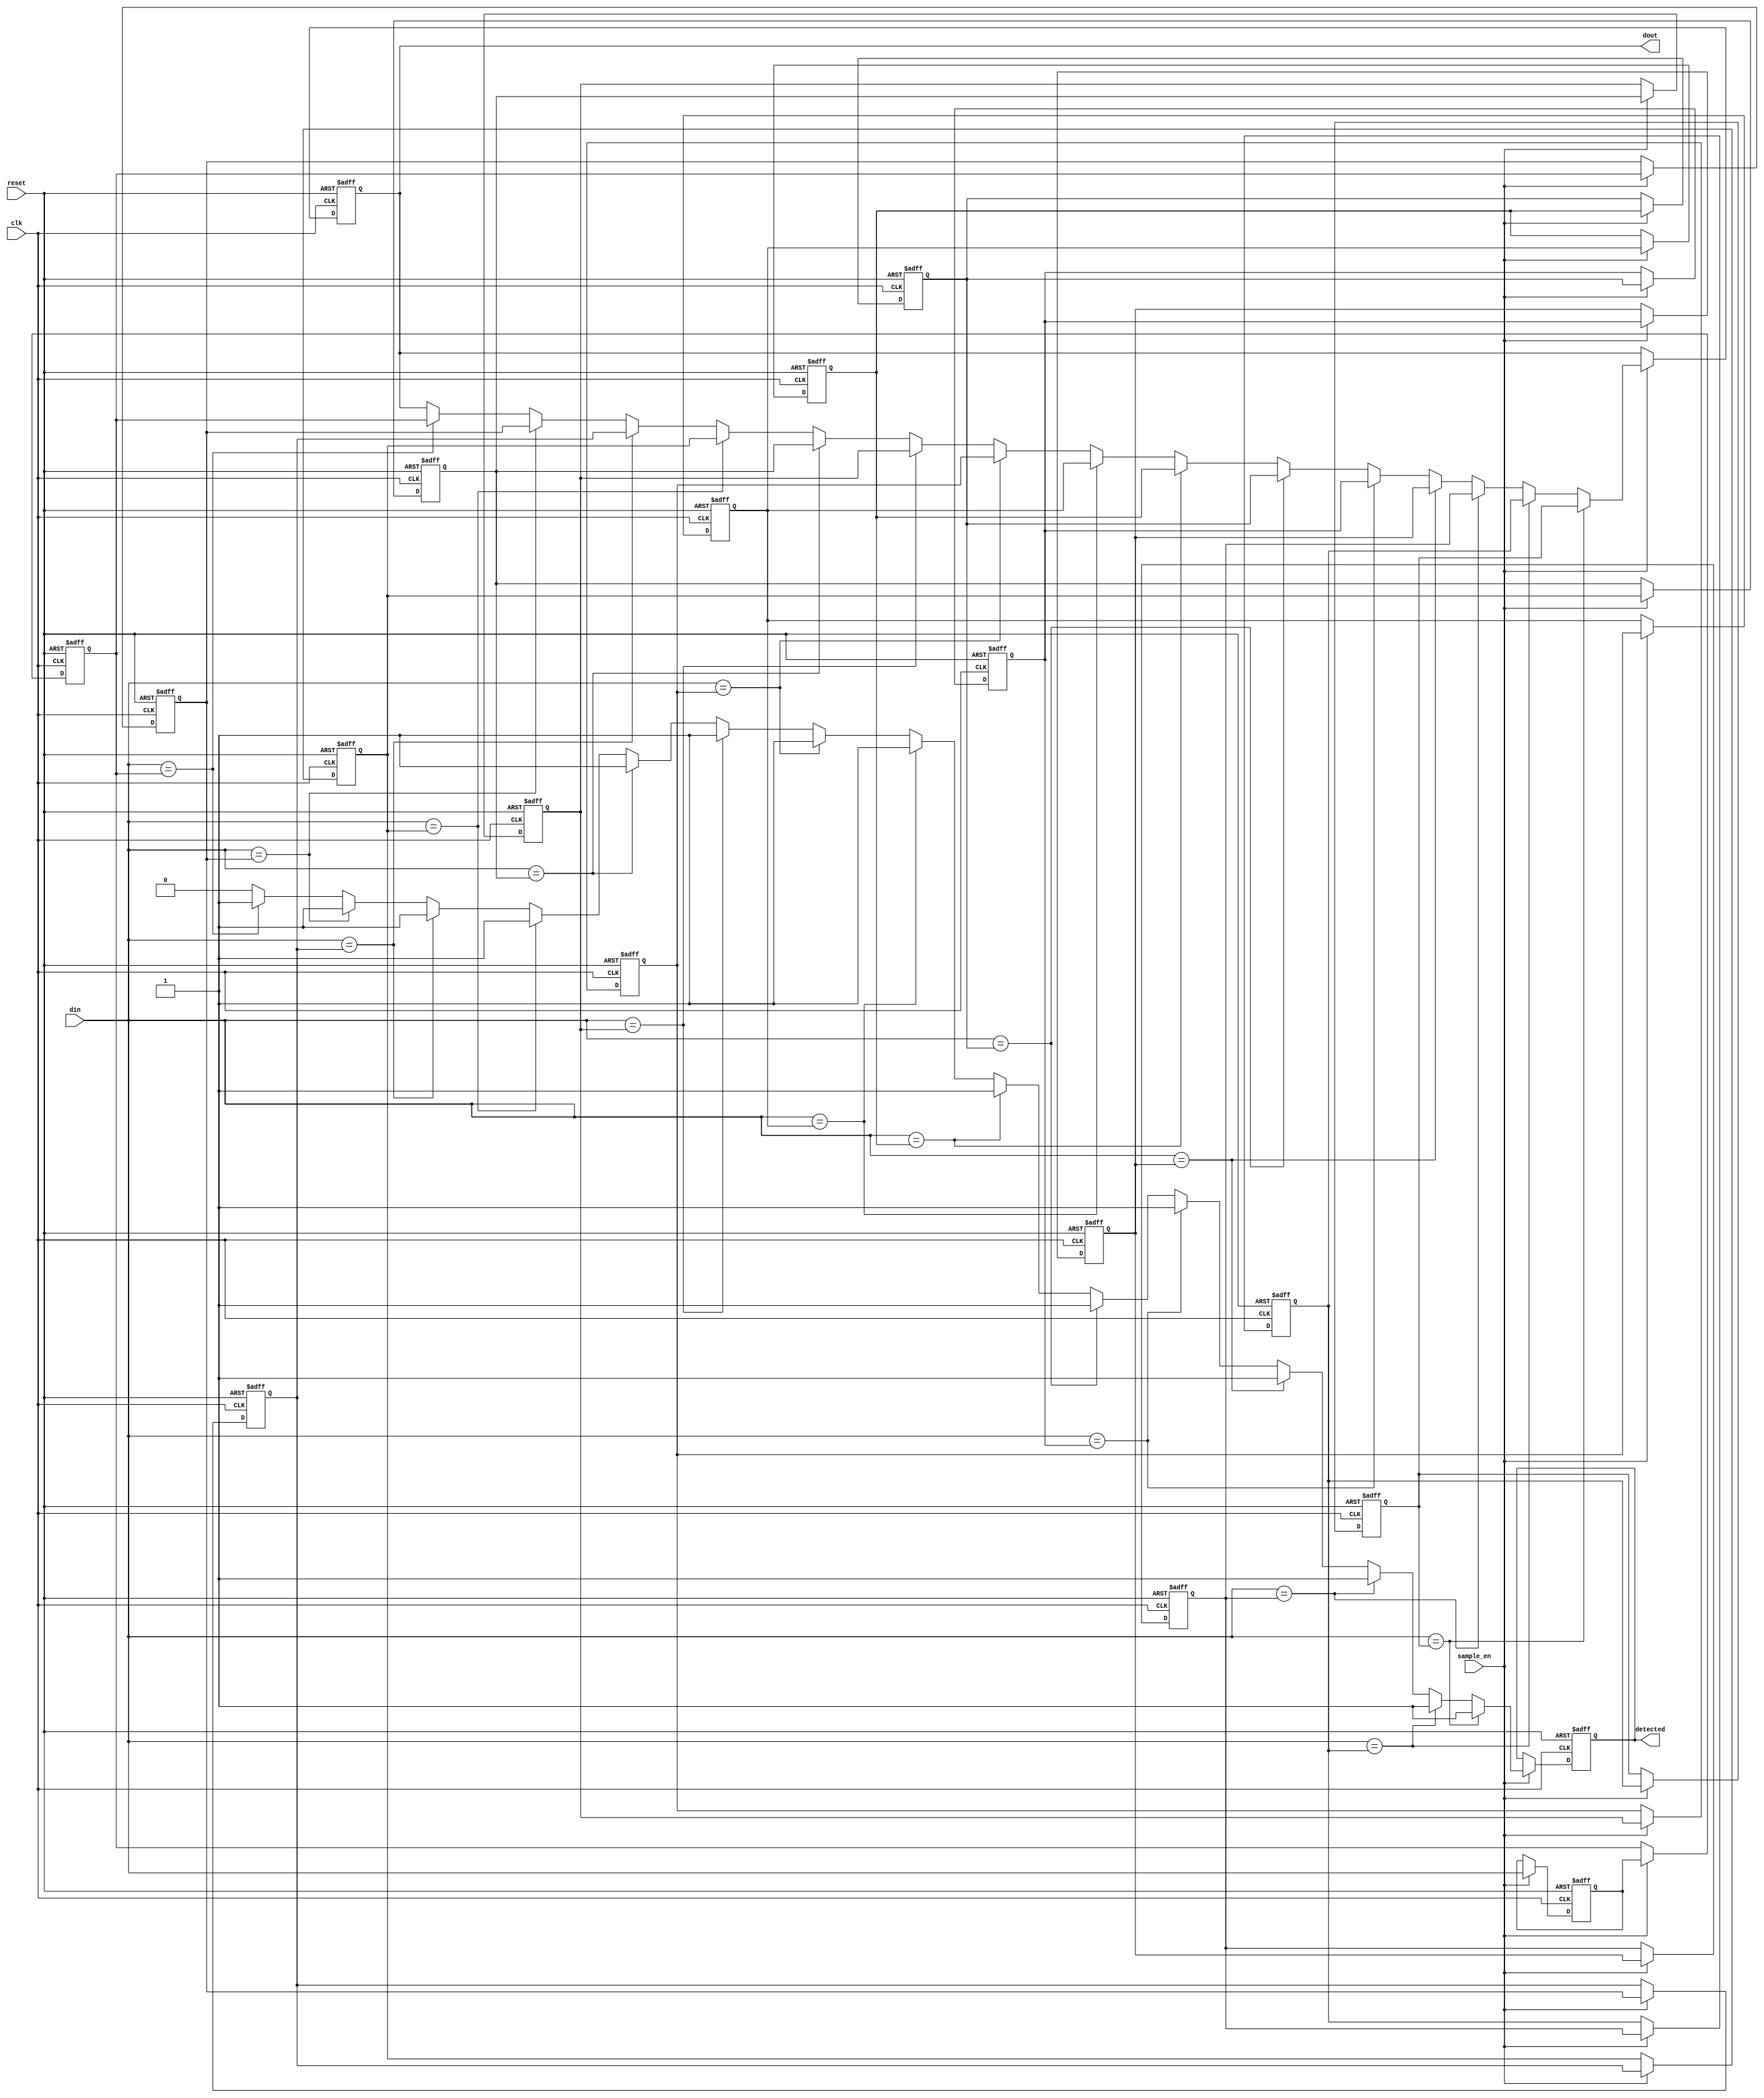
module MemoryBlocksSamplingDelayLineDetector #(
    parameter DATA_WIDTH = 8,      // Width of the input data
    parameter DELAY_LINE_LENGTH = 16 // Number of memory blocks in delay line
)(
    input wire clk,                  // Clock signal
    input wire reset,                // Reset signal
    input wire sample_en,            // Sampling enable signal
    input wire [DATA_WIDTH-1:0] din, // Input signal
    output reg detected,             // Detection output
    output reg [DATA_WIDTH-1:0] dout // Output data for further processing
);

    // Memory blocks to store delayed samples
    reg [DATA_WIDTH-1:0] delay_line [0:DELAY_LINE_LENGTH-1];

    // Control signals
    integer i;

    always @(posedge clk or posedge reset) begin
        if (reset) begin
            // Reset the delay line and detection output
            for (i = 0; i < DELAY_LINE_LENGTH; i = i + 1) begin
                delay_line[i] <= 0;
            end
            detected <= 0;
            dout <= 0;
        end else if (sample_en) begin
            // Shift the samples in the delay line
            for (i = DELAY_LINE_LENGTH-1; i > 0; i = i - 1) begin
                delay_line[i] <= delay_line[i-1];
            end
            // Store the current sample at the start of the delay line
            delay_line[0] <= din;

            // Reset detection flag
            detected <= 0;

            // Compare current input sample with delayed samples
            for (i = 1; i < DELAY_LINE_LENGTH; i = i + 1) begin
                if (din == delay_line[i]) begin
                    detected <= 1; // Match found
                    dout <= delay_line[i]; // Output the matched sample
                end
            end
        end
    end
endmodule